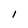
Character: l